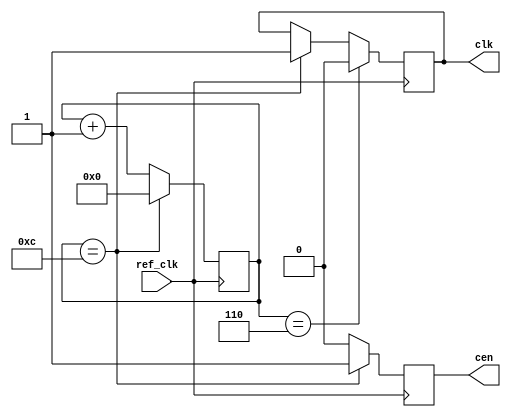

module clk_en #(
  parameter DIV=12,
  parameter OFFSET=0
)
(
  input ref_clk,
  output reg cen,
  output reg clk
);

reg [15:0] cnt = OFFSET;

always @(posedge ref_clk) begin
  if (cnt == DIV) clk <= 1'b1;
  if (cnt == (DIV >> 1)) clk <= 1'b0;
  if (cnt == DIV) begin
    cnt <= 16'd0;
    cen <= 1'b1;
  end
  else begin
    cen <= 1'b0;
    cnt <= cnt + 16'd1;
  end
end

endmodule